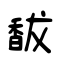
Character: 馛